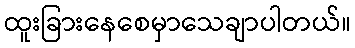
ထူးခြားနေစေမှာသေချာပါတယ်။